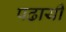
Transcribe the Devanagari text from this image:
पढायी